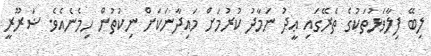
ލިބޭ ފިލާވަޅުތަކުގެ ތެރޭގައި ޢީދު ނަމާދު ކުރުމަށް މައިދާނަކަށް ނިކުތުން ހިމެނެއެވެ. ޟަރޫރީ